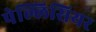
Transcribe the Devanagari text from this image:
पेल्लिसियर